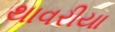
થાવરીયા